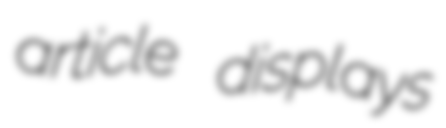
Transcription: article displays